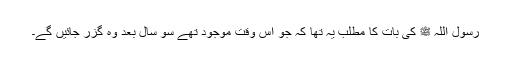
رسول اللہ ﷺ کی بات کا مطلب یہ تھا کہ جو اس وقت موجود تھے سو سال بعد وہ گزر جائیں گے۔